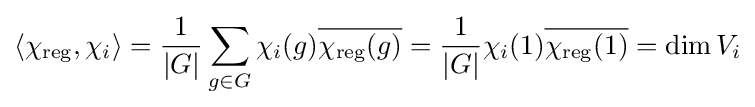
\left\langle \chi _{\text{reg}},\chi _{i}\right\rangle ={\frac {1}{\left|G\right|}}\sum _{g\in G}\chi _{i}(g){\overline {\chi _{\text{reg}}(g)}}={\frac {1}{\left|G\right|}}\chi _{i}(1){\overline {\chi _{\text{reg}}(1)}}=\operatorname {dim} V_{i}